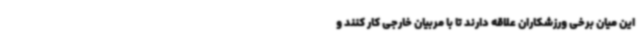
این میان برخی ورزشکاران علاقه دارند تا با مربیان خارجی کار کنند و